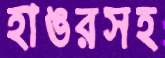
হাঙরসহ